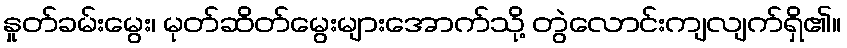
နှုတ်ခမ်းမွေး၊ မုတ်ဆိတ်မွေးများအောက်သို့ တွဲလောင်းကျလျက်ရှိ၏။